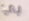
بي